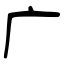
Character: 广